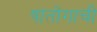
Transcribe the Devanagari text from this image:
षांतोंगाची